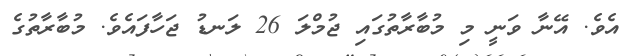
އެވެ. އޭނާ ވަނީ މި މުބާރާތުގައި ޖުމްލަ 26 ލަނޑު ޖަހާފައެވެ. މުބާރާތުގެ